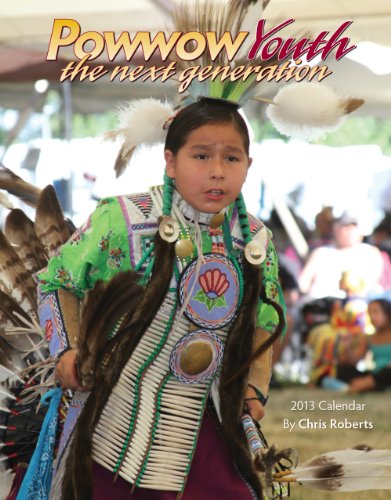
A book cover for Powwow Youth 2013 Calendar; Chris Roberts; Calendars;